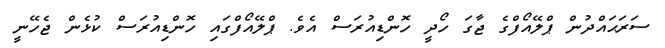
ސަރަޙައްދުން ޕްލޭއޯފްގެ ޖާގަ ހޯދީ ހޮންޑިއުރަސް އެވެ. ޕްލޭއޯފްގައި ހޮންޑިއުރަސް ކުޅެން ޖެހޭނީ